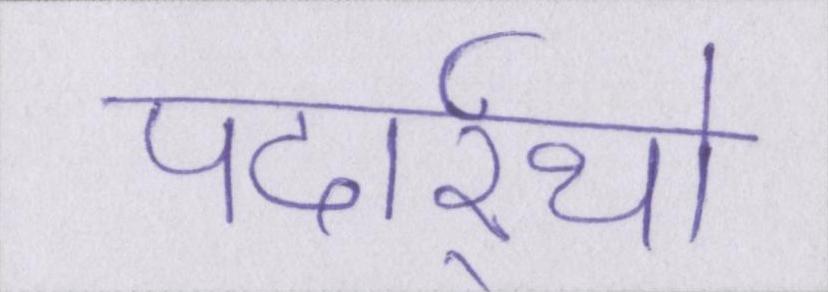
पदार्र्थो